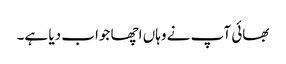
بھائی آپ نے وہاں اچھا جواب دیا ہے۔